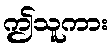
ဤသူကား